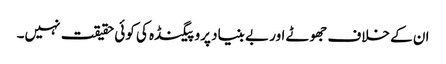
ان کے خلاف جھوٹے اور بے بنیاد پروپیگنڈہ کی کوئی حقیقت نہیں۔